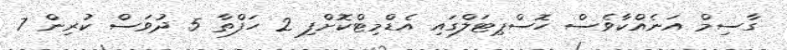
ގާސިމް އަނެއްކާވެސް ހޮސްޕިޓަލްގައި އެޑްމިޓްކޮށްފި 2 ހަފްތާ 5 ދުވަސް ކުރިން 7